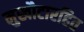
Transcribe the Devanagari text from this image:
मुखौटारहित